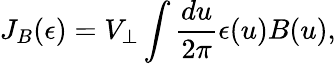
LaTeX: J_{B}(\epsilon)=V_{\perp}\int{\frac{du}{2\pi}}\epsilon(u)B(u),